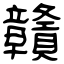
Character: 贛